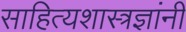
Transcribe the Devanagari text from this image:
साहित्यशास्त्रज्ञांनी